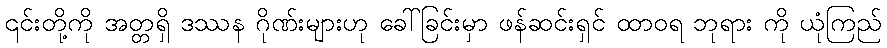
၎င်းတို့ကို အတ္တရှိ ဒဿန ဂိုဏ်းများဟု ခေါ်ခြင်းမှာ ဖန်ဆင်းရှင် ထာဝရ ဘုရား ကို ယုံကြည်